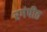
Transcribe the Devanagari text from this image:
रगंपीठ